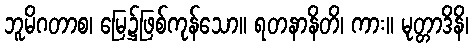
ဘူမိဂတာစ၊ မြေ၌ဖြစ်ကုန်သော။ ရတနာနိတိ၊ ကား။ မုတ္တာဒိနိ၊